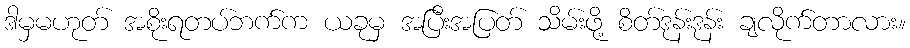
ဒါမှမဟုတ် အစိုးရတပ်ဘက်က ယခုမှ အပြီးအပြတ် သိမ်းဖို့ စိတ်ဒုန်းဒုန်း ချလိုက်တာလား။